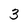
Character: 3